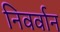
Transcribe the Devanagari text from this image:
निवर्वान